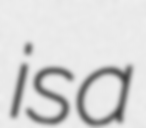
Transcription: is a